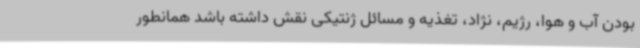
بودن آب و هوا، رژیم، نژاد، تغذیه و مسائل ژنتیکی نقش داشته باشد همانطور